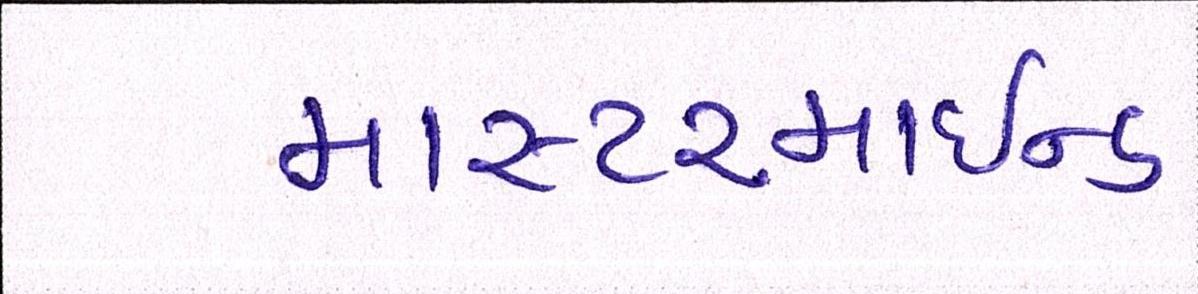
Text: માસ્ટરમાઈન્ડ